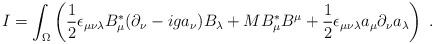
LaTeX: \begin{align*}I = \int_\Omega\left(\frac{1}{2}\epsilon_{\mu\nu\lambda}B^*_\mu(\partial_\nu - iga_\nu)B_\lambda+MB^*_\mu B^\mu+ \frac{1}{2}\epsilon_{\mu\nu\lambda}a_\mu\partial_\nu a_\lambda\right)\;.\end{align*}